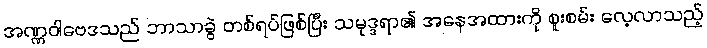
အဏ္ဏဝါဗေဒသည် ဘာသာခွဲ တစ်ရပ်ဖြစ်ပြီး သမုဒ္ဒရာ၏ အနေအထားကို စူးစမ်း လေ့လာသည့်